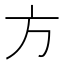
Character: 方